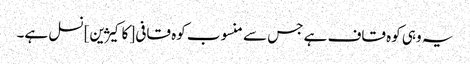
یہ وہی کوہ قاف ہے جس سے منسوب کوہ قافی [کاکیژین] نسل ہے۔